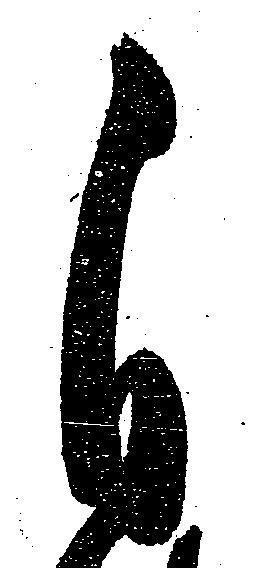
自